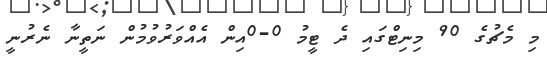
މި މެޗުގެ 90 މިނިޓްގައި ދެ ޓީމު 0-0އިން އެއްވަރުވުމުން ނަތީނާ ނެރުނީ